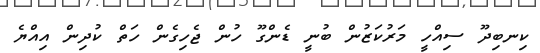
ކިނބިދޫ ސިއްހީ މަރުކަޒުން ބުނީ ޑެންގޫ ހުން ޖެހިގެން ހަތް ކުދިން އިއްޔެ